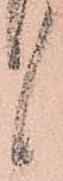
候